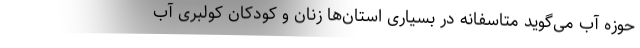
حوزه آب می‌گوید متاسفانه در بسیاری استان‌ها زنان و کودکان کولبری آب